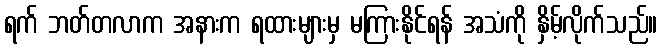
ရက် ဘတ်တလာက အနားက ရထားများမှ မကြားနိုင်ရန် အသံကို နှိမ့်လိုက်သည်။